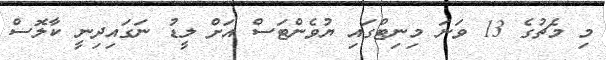
މި މެޗުގެ 13 ވަނަ މިނިޓްގައި ޔުވެންޓަސް އަށް ލީޑު ނަގައިދިނީ ކާލޮސް